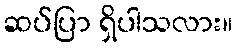
ဆပ်ပြာ ရှိပါသလား။